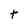
Character: t